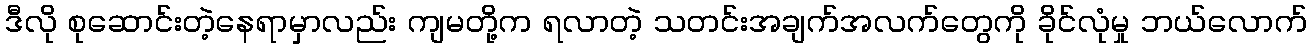
ဒီလို စုဆောင်းတဲ့နေရာမှာလည်း ကျမတို့က ရလာတဲ့ သတင်းအချက်အလက်တွေကို ခိုင်လုံမှု ဘယ်လောက်